Indian journal of veterinary science and animal husbandry - Volumes 18-21, 1948-1951
Year: 1948
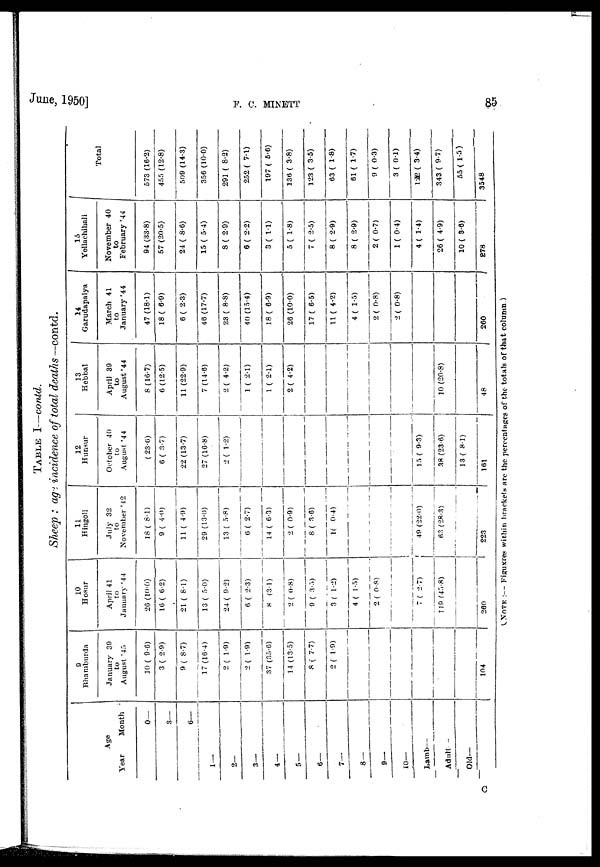
June, 1950]
F.
C.
MINETT
85
TABLE I—contd.
Sheep : age incidence of total deaths—contd.
Age
Year
1—
2—
3—
4—
5—
6—
7—
8—
9—
10—
Lamb—
Adult—
Old—
Month
0—
3—
6—
9
Bhamburda
January 39
to
August '45
10 (9.6)
3 (2.9)
9 (8.7)
17 (16.4)
2 ( 1.9)
2 (1.9)
37 (35.6)
14 (13.5)
8 ( 7.7)
2 ( 1.9)
104
10
Hosur
April 41
to
January '44
26 (10.0)
16 (6.2)
21 (8.1)
13 (5.0)
24 (9.2)
6 (2.3)
8 (3.1)
2 (0.8)
9 ( 3.5)
3 ( 1.2)
4( 1.5)
2 (0.8)
7 (2.7)
119 (45.8)
260
11
Hingoli
July 32
to
November '42
18 (8.1)
9 (4.0)
11 (4.9)
29 (13.0)
13 (5.8)
6 (2.7)
14 (6.3)
2 (0.9)
8 (3.6)
1(0.4)
49 (22.0)
63 (28.3)
223
12
Hunsur
October 40
to
August '44
(23.6)
6 (3.7)
22 (13.7)
27 (16.8)
2 (1.2)
15 (9.3)
38 (23.6)
13 (8.1)
161
13
Hebbal
April 39
to
August' 44
8 (16.7)
6 (12.5)
11 (22.9)
7 (14.6)
2 ( 4.2)
1 (2.1)
1 (2.1)
2 (4.2)
10 (20.8)
14 Garudapalya
March 41
to
January '44
47 (18.1)
18 (6.9)
6 (2.3)
46 (17.7)
23 (8.8)
40 (15.4)
18 (6.9)
26 (10.0)
17 (6.5)
11 (4.2)
4 (1.5)
2 (0.8)
2 (0.8)
260
15
Yellachihali
November 40
to
February '44
94 (33.8)
57 (20.5)
24 (8.6)
15 (5.4)
8 (2.9)
6 (2.2)
3 (1.1)
5 ( 1.8)
7 (2.5)
8 (2.9)
8 (2.9)
2 (0.7)
1 (0.4)
4 (1.4)
26 (4.9)
10 (3.6)
278
Total
573 (16.2)
455 (12.8)
509 (14.3)
356 (10.0)
291 (8.2)
252 ( 7.1)
197 (5.6)
136 (3.8)
123 (3.5)
63 (1.8)
61 (1.7)
9 (0.3)
3 (0.1)
122 (3.4)
343 (9.7)
55 (1.5)
3548
(NOTE :— Figuxres within brackets are the percentages of the totals of that column )
C